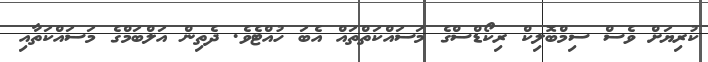
ކުރިޔަށް ވެސް ސިމްބޮލިކް ރިކޯޑްސްގެ މަސައްކަތްތައް އެބަ ހުއްޓެވެ. ދެތިން އަލްބަމްގެ މަަސައްކަތާއި